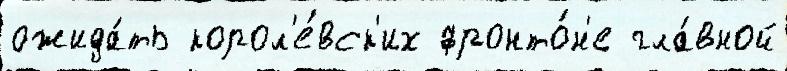
ожида́ть корол'е́вск'их фронто́н'е гла́вной